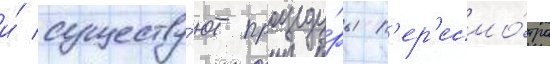
и́ существу́ют процеду́ры п'ер'есмо́тра